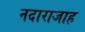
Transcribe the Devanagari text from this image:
नदाराजाह